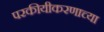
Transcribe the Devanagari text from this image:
परकीयीकरणाच्या